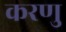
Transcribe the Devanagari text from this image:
करणु